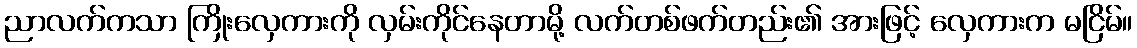
ညာလက်ကသာ ကြိုးလှေကားကို လှမ်းကိုင်နေတာမို့ လက်တစ်ဖက်တည်း၏ အားဖြင့် လှေကားက မငြိမ်။